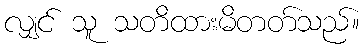
လျှင် သူ သတိထားမိတတ်သည်။